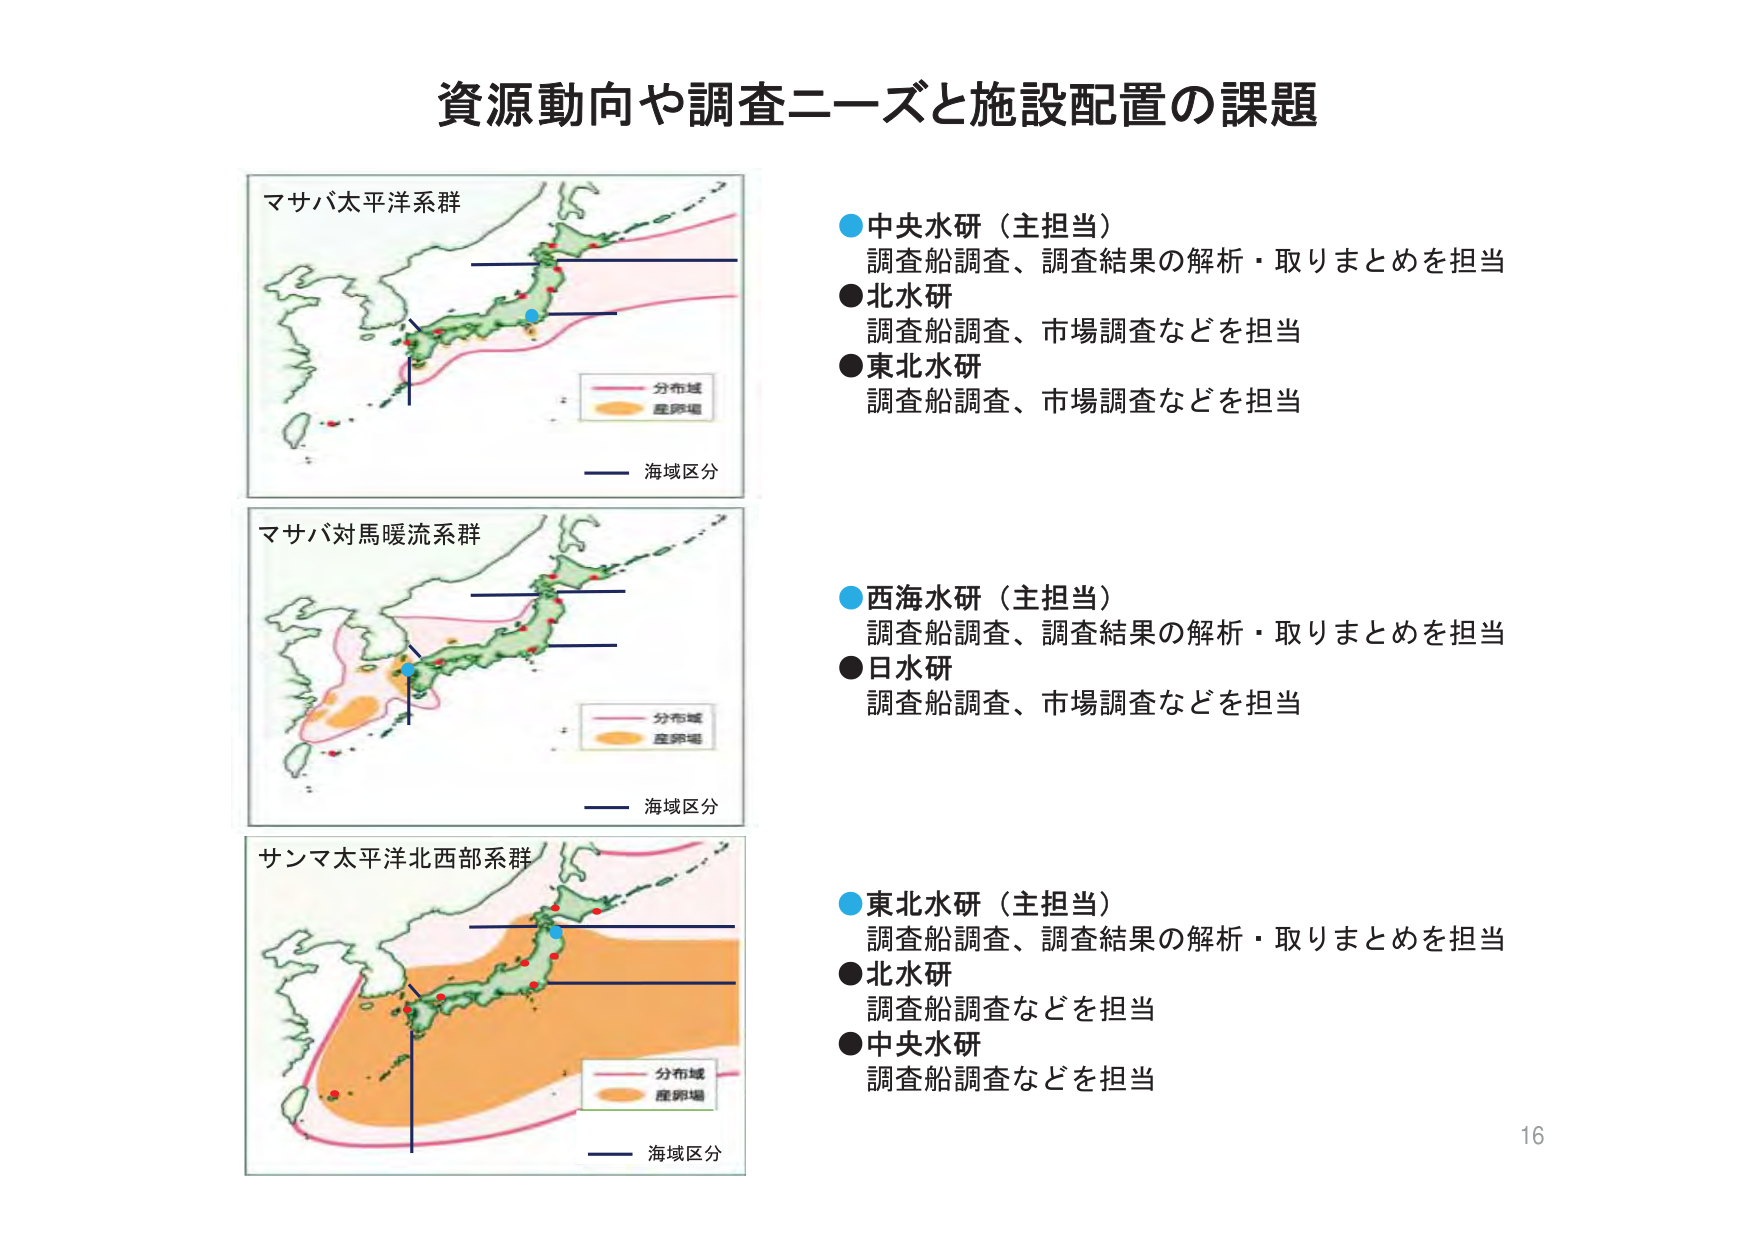
資源動向や調査ニーズと施設配置の課題

マサバ太平洋系群
分布域
産卵場
海域区分

マサバ対馬暖流系群
分布域
産卵場
海域区分

サンマ太平洋北西部系群
分布域
産卵場
海域区分

●中央水研（主担当）
調査船調査、調査結果の解析・取りまとめを担当
●北水研
調査船調査、市場調査などを担当
●東北水研
調査船調査、市場調査などを担当

●西海水研（主担当）
調査船調査、調査結果の解析・取りまとめを担当
●日水研
調査船調査、市場調査などを担当

●東北水研（主担当）
調査船調査、調査結果の解析・取りまとめを担当
●北水研
調査船調査などを担当
●中央水研
調査船調査などを担当

16